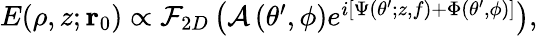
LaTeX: \begin{array}{r}{E(\rho,z;\mathbf{r}_{0})\propto\mathcal{F}_{2D}\left(\mathcal{A}\left(\theta^{\prime},\phi\right)e^{i\left[\Psi\left(\theta^{\prime};z,f\right)+\Phi\left(\theta^{\prime},\phi\right)\right]}\right),}\end{array}